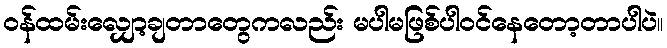
ဝန်ထမ်းလျှော့ချတာတွေကလည်း မပါမဖြစ်ပါဝင်နေတော့တာပါပဲ။